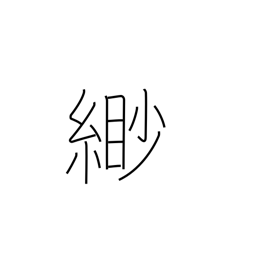
Meaning: faint